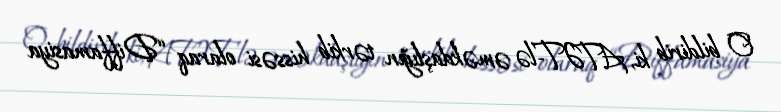
O bildirib ki, ATƏT-lə əməkdaşlığın tərkib hissəsi olaraq “Diffamasiya